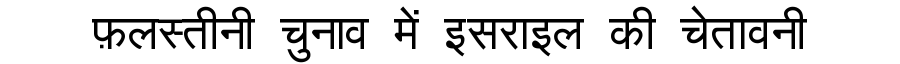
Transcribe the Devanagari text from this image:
फ़लस्तीनी चुनाव में इसराइल की चेतावनी